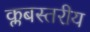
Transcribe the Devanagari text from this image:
क्लबस्तरीय